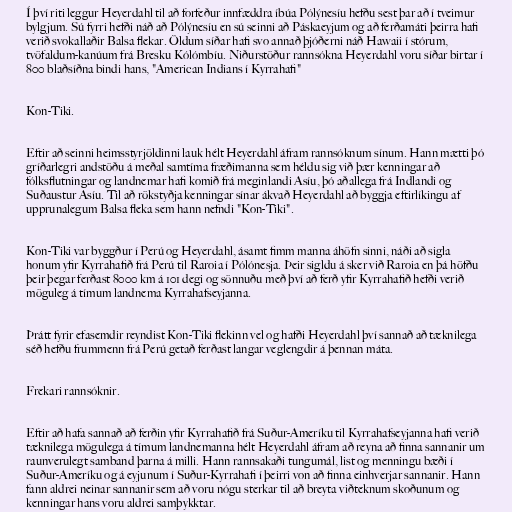
Í því riti leggur Heyerdahl til að forfeður innfæddra íbúa Pólýnesíu hefðu sest þar að í tveimur
bylgjum. Sú fyrri hefði náð að Pólýnesíu en sú seinni að Páskaeyjum og að ferðamáti þeirra hafi
verið svokallaðir Balsa flekar. Öldum síðar hafi svo annað þjóðerni náð Hawaii í stórum,
tvöfaldum-kanúum frá Bresku Kólómbíu. Niðurstöður rannsókna Heyerdahl voru síðar birtar í
800 blaðsíðna bindi hans, "American Indians í Kyrrahafi"

Kon-Tiki.

Eftir að seinni heimsstyrjöldinni lauk hélt Heyerdahl áfram rannsóknum sínum. Hann mætti þó
gríðarlegri andstöðu á meðal samtíma fræðimanna sem héldu sig við þær kenningar að
fólksflutningar og landnemar hafi komið frá meginlandi Asíu, þó aðallega frá Indlandi og
Suðaustur Asíu. Til að rökstyðja kenningar sínar ákvað Heyerdahl að byggja eftirlíkingu af
upprunalegum Balsa fleka sem hann nefndi "Kon-Tiki".

Kon-Tiki var byggður í Perú og Heyerdahl, ásamt fimm manna áhöfn sinni, náði að sigla
honum yfir Kyrrahafið frá Perú til Raroia í Pólónesja. Þeir sigldu á sker við Raroia en þá höfðu
þeir þegar ferðast 8000 km á 101 degi og sönnuðu með því að ferð yfir Kyrrahafið hefði verið
möguleg á tímum landnema Kyrrahafseyjanna.

Þrátt fyrir efasemdir reyndist Kon-Tiki flekinn vel og hafði Heyerdahl því sannað að tæknilega
séð hefðu frummenn frá Perú getað ferðast langar veglengdir á þennan máta.

Frekari rannsóknir.

Eftir að hafa sannað að ferðin yfir Kyrrahafið frá Suður-Ameríku til Kyrrahafseyjanna hafi verið
tæknilega mögulega á tímum landnemanna hélt Heyerdahl áfram að reyna að finna sannanir um
raunverulegt samband þarna á milli. Hann rannsakaði tungumál, list og menningu bæði í
Suður-Ameríku og á eyjunum í Suður-Kyrrahafi í þeirri von að finna einhverjar sannanir. Hann
fann aldrei neinar sannanir sem að voru nógu sterkar til að breyta viðteknum skoðunum og
kenningar hans voru aldrei samþykktar.